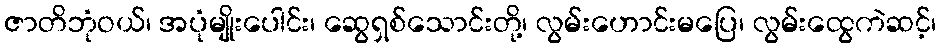
ဇာတိဘုံဝယ်၊ အပုံမျိုးပေါင်း၊ ဆွေရှစ်သောင်းတို့၊ လွမ်းဟောင်းမပြေ၊ လွမ်းထွေကဲဆင့်၊